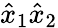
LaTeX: \hat{x}_{1}\hat{x}_{2}